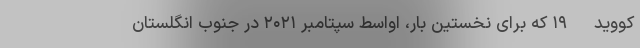
کووید- ۱۹ که برای نخستین بار، اواسط سپتامبر ۲۰۲۱ در جنوب انگلستان